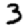
Digit: 3